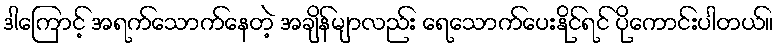
ဒါကြောင့် အရက်သောက်နေတဲ့ အချိန်မျာလည်း ရေသောက်ပေးနိုင်ရင် ပိုကောင်းပါတယ်။